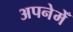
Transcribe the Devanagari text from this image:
अपनेमेँ